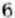
6